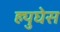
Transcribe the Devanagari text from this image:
ह्युघेस